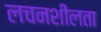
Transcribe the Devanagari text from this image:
लचनशीलता